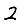
Digit: 2